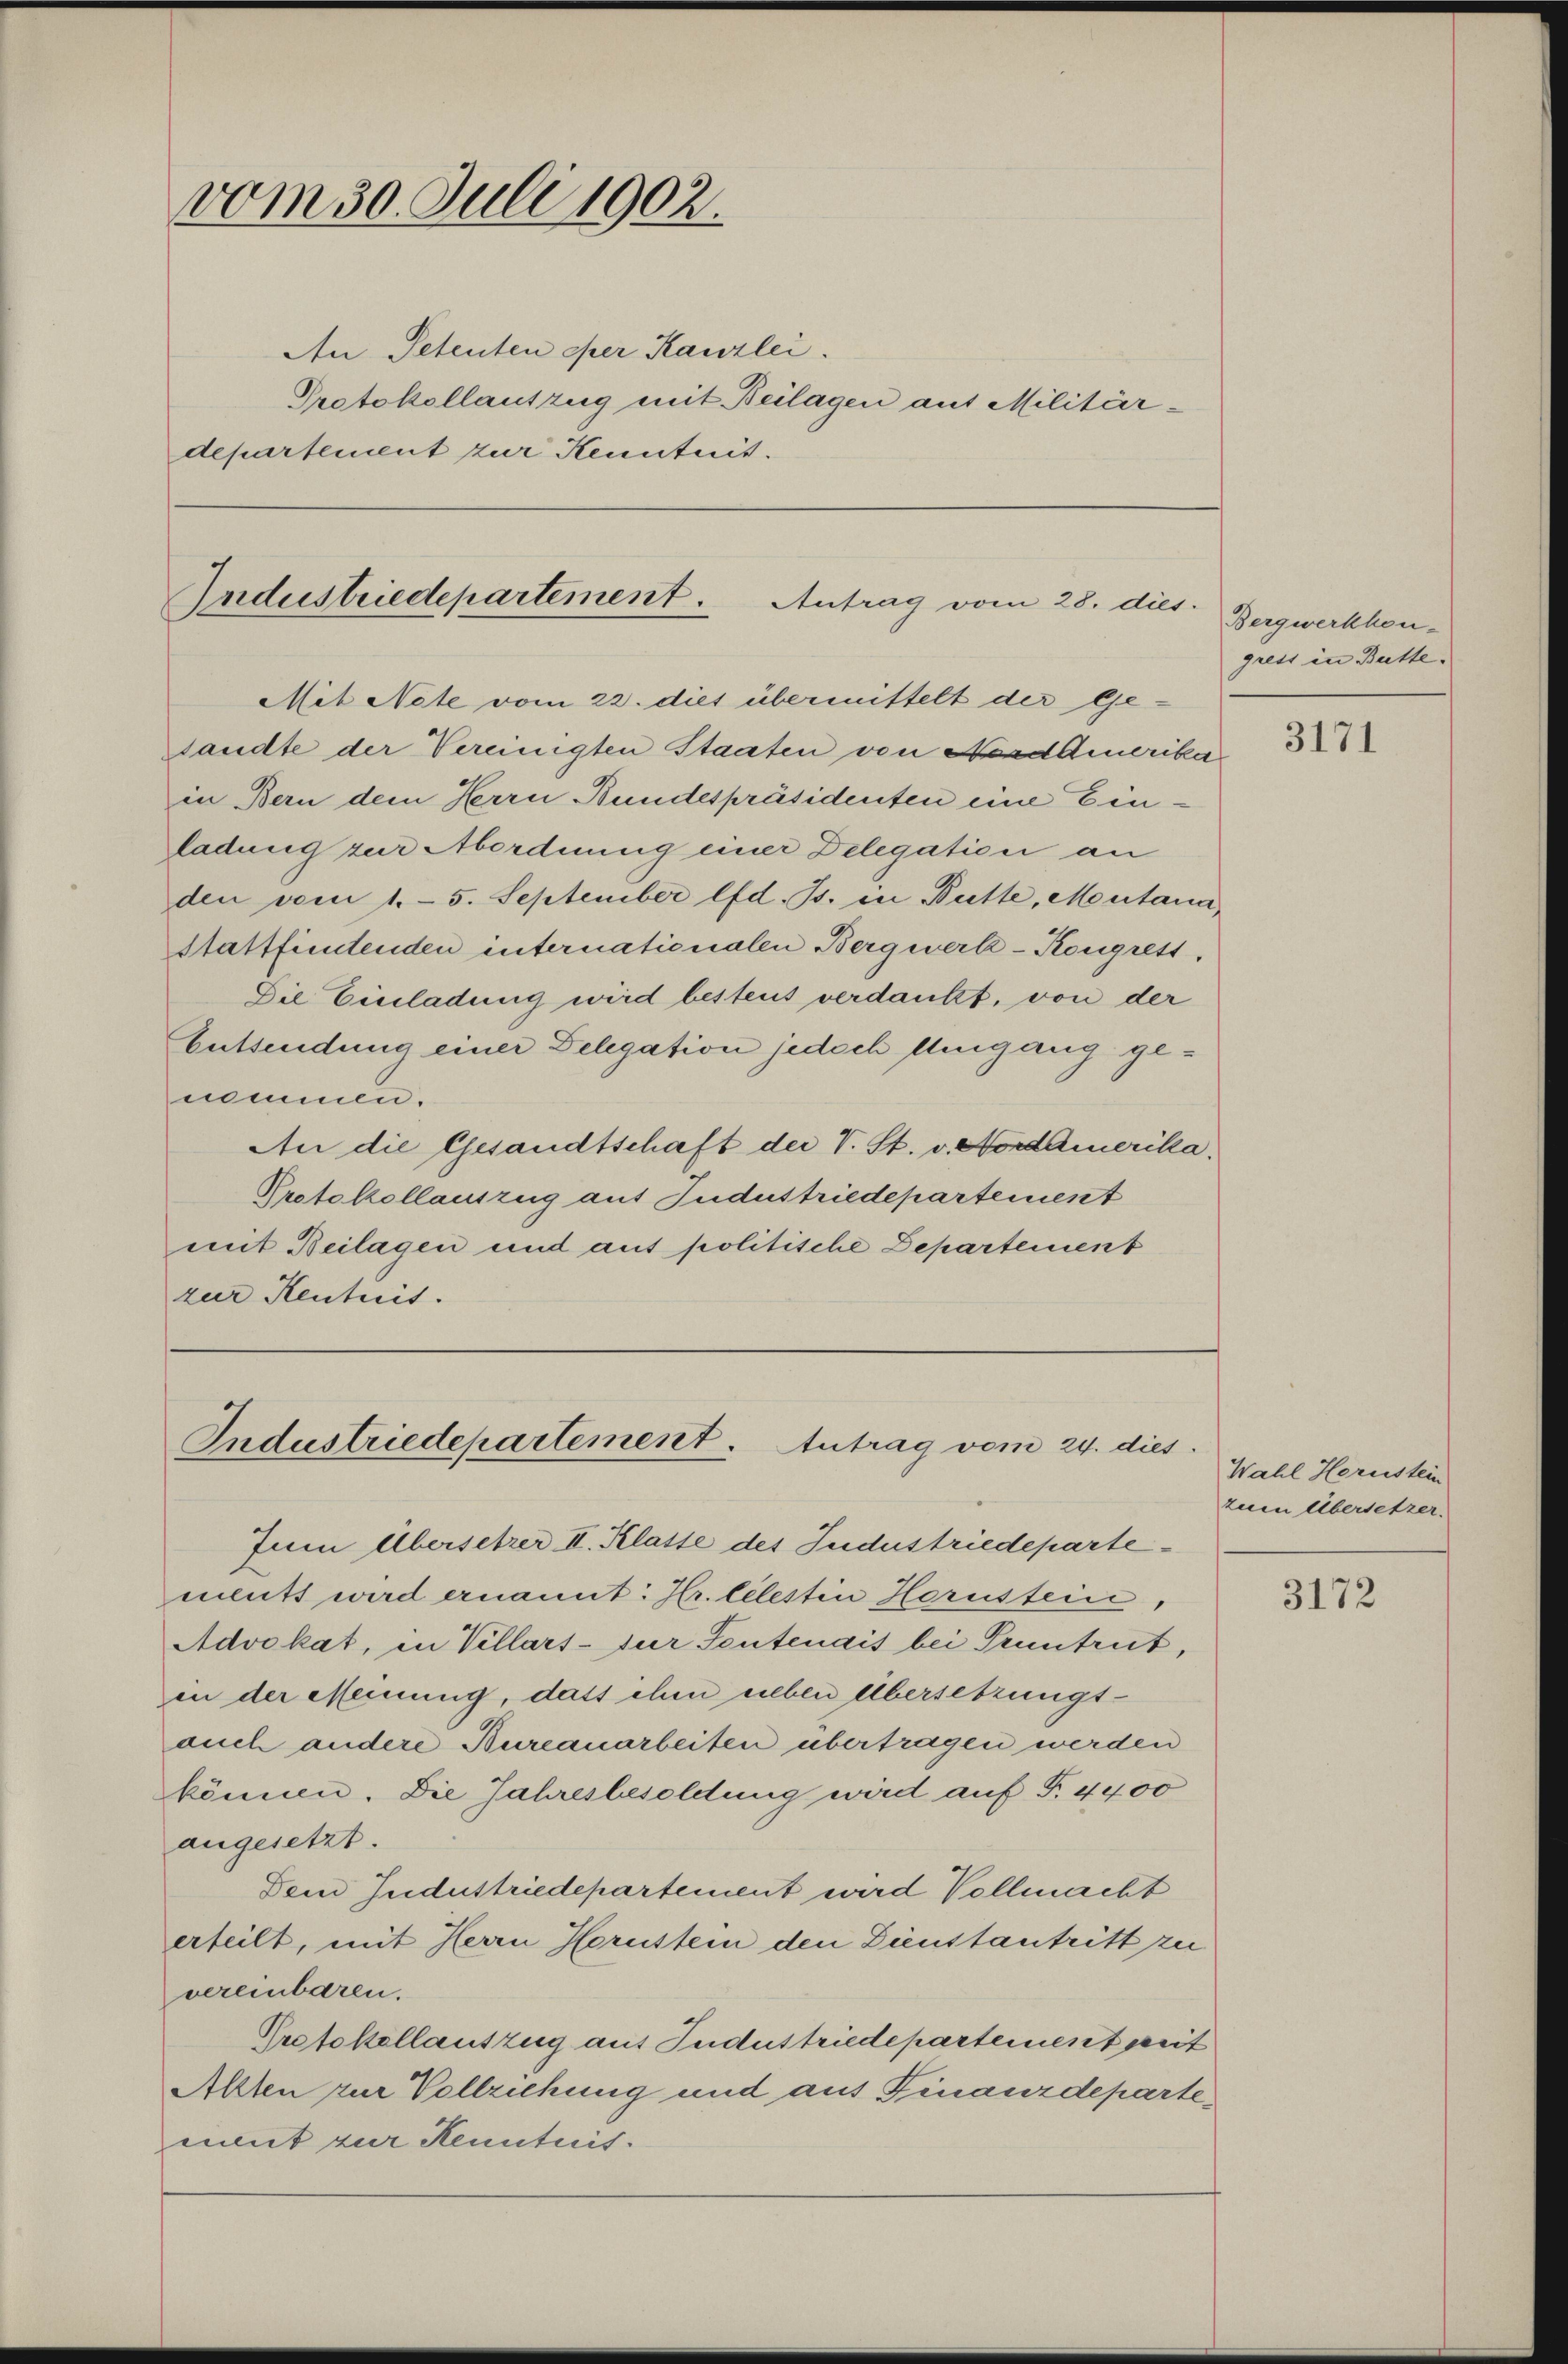
vom 30. Juli 1902.
An Petenten eher Kanzlei.
Protokollantzug mit Beilagen aus Militär-
departement zur Kenntnis.

Industriedepartement. Antrag vom 28. dies
Mit Note vom 22. dies übermittelt der Ge-
sandte der Vereinigten Staaten von Nordamerika

in Bern dem Herrn Bundespräsidenten eine Einladung zur Abordnung einer Delegation an
den vom 1. 5. September lfd. Js. in Butte, Montana,
Stattfietenden internationalen Bergwerk-Kongrett.
Die Einladung wird besteus verdankt, von der
Entsendung einer Delegation jedoch Umgang genommen.
An die Gesandtschaft der V. St. v. Nordamerika,
Protokollauszug auf Judustriedepartement
mit Beilagen und aus politische Departement
zur Kentnis.

Industriedepartement. Antrag vom 24. dies

Bergwerkhou-
gress in Butte

Jum Übersetzer II. Klasse des Jndustriedepartemeutt wird ernannt: Hr. Celestin Herustein,
Advokat, in Villars-zur Sentenais bei Pruntrut,
in der Meinung, dass ihm neben Übersetzungsauch andere Bureauarbeiten übertragen werden
können. Die Jahresbesoldung wird auf S. 4400
angesetzt.
Dem Jndustriedepartement wird Vollmacht
erteilt, mit Herrn Hornstein den Dienstantritt zu
vereinbaren.
Protokollauszug aus Jndustriedepartement zeit
Allten zur Vollziehung und aus Finanzdepartement zur Kenntnis.

3171

Wahl Hornstein
zum Übersetzer

3172